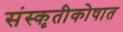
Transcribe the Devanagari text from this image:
संस्कृतीकोषात